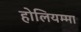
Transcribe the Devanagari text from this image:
होलियम्मा